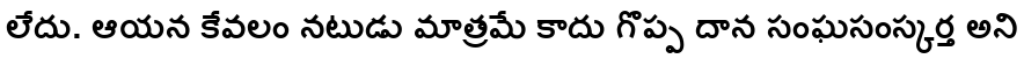
లేదు. ఆయన కేవలం నటుడు మాత్రమే కాదు గొప్ప దాన సంఘసంస్కర్త అని